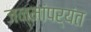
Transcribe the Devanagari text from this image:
जन्मांपर्यंत